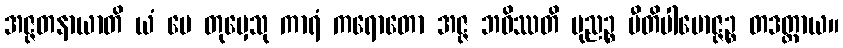
အဇ္ဇတနာယာတိ ယံ မေ တုမှေသု ကာရံ ကရောတော အဇ္ဇ ဘဝိဿတိ ပုညဉ္စ ပီတိပါမောဇ္ဇဉ္စ တဒတ္ထာယ။